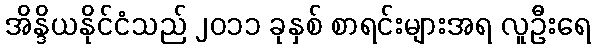
အိန္ဒိယနိုင်ငံသည် ၂၀၁၁ ခုနှစ် စာရင်းများအရ လူဦးရေ